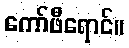
ကော်ဖီရောင်။